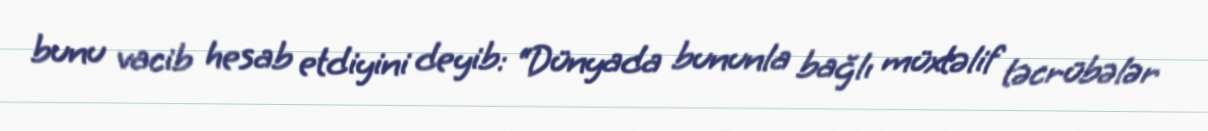
bunu vacib hesab etdiyini deyib: “Dünyada bununla bağlı müxtəlif təcrübələr